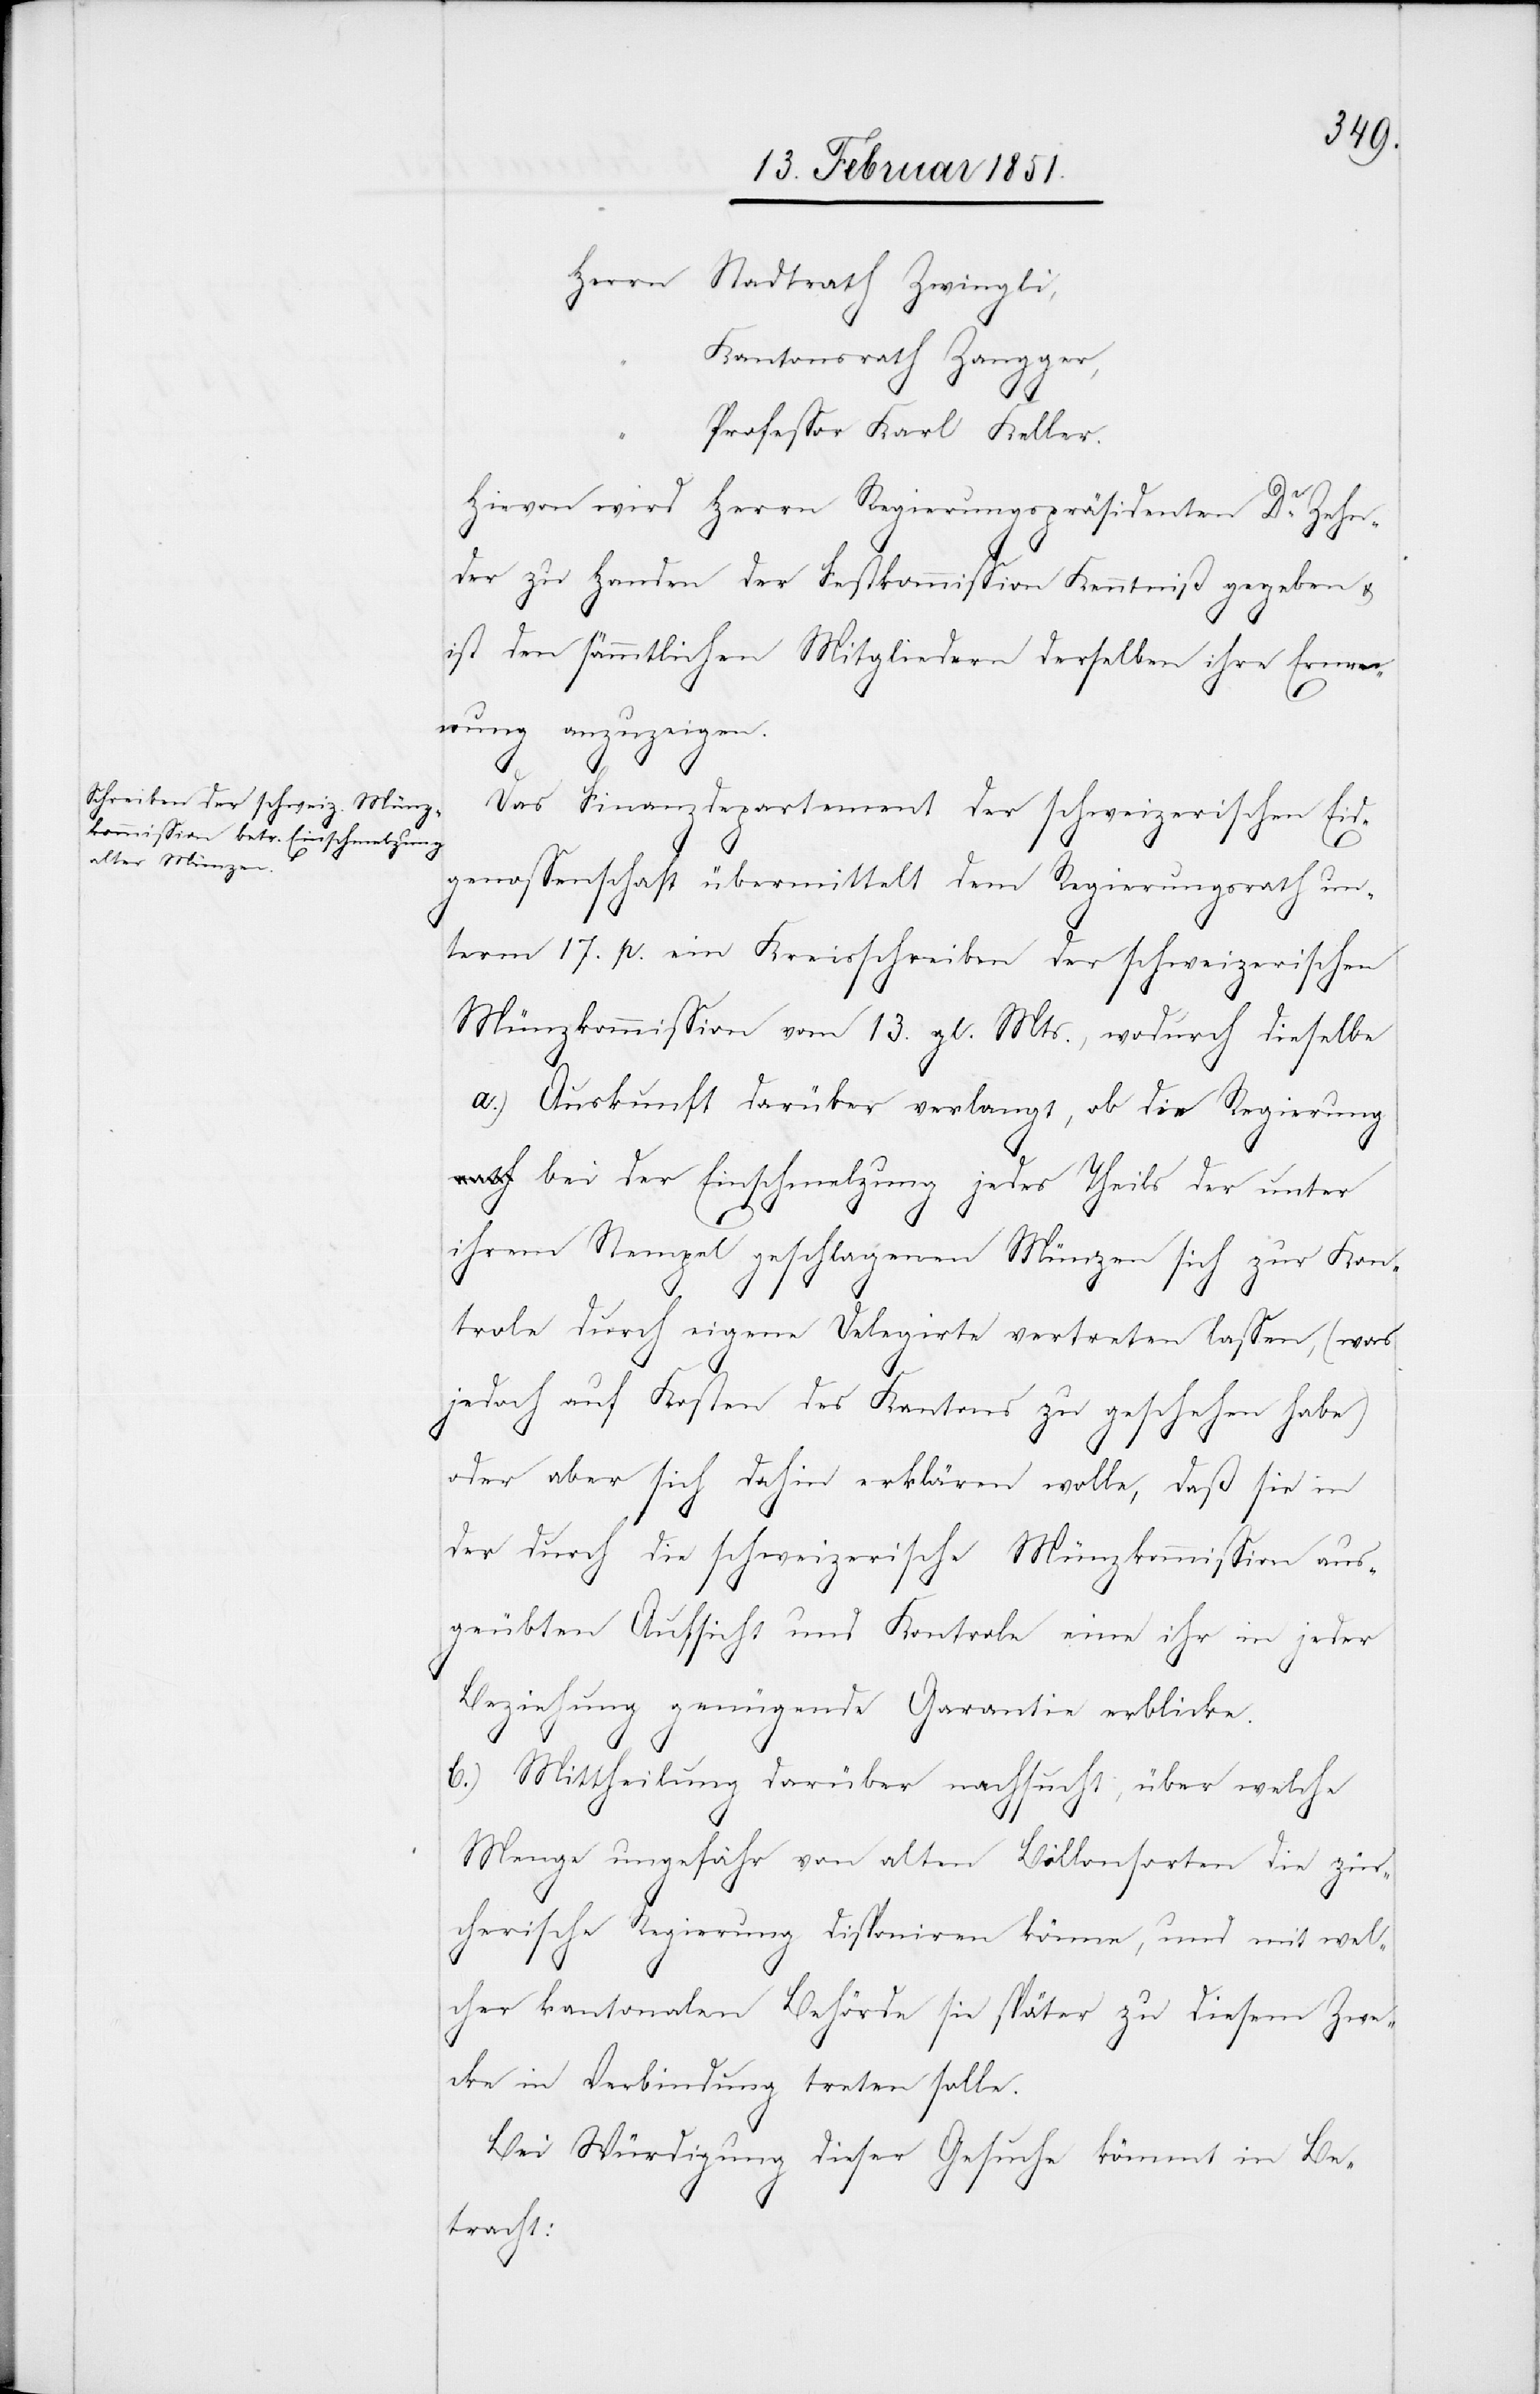
Stadtrath Zwingli,
Kantonsrath Zangger,
Professor Karl Keller.
Hievon wird Herrn Regierungspräsidenten Dr. Zehn¬
der zu Handen der Festkommission Kenntniß gegeben &
ist den sämmtlichen Mitgliedern derselben ihre Ernen¬
nung anzuzeigen.
Das Finanzdepartement der schweizerischen Eid¬
genossenschaft übermittelt dem Regierungsrath un¬
term 17. p. ein Kreisschreiben der schweizerischen
Münzkommission vom 13. gl. Mts., wodurch dieselbe
a.) Auskunft darüber verlangt, ob die Regierung
bei der Einschmelzung jedes Theils der unter
ihrem Stempel geschlagenen Münzen sich zur Kon¬
trole durch eigene Delegirte vertreten lassen, (was
jedoch auf Kosten des Kantons zu geschehen habe)
oder aber sich dahin erklären wolle, daß sie in
der durch die schweizerische Münzkommission aus¬
geübten Aufsicht und Kontrole eine ihr in jeder
Beziehung genügende Garantie erblicke.
b.) Mittheilung darüber nachsucht, über welche
Menge ungefähr von alten Billonsorten die zür¬
cherische Regierung disponiren könne, und mit wel¬
cher kantonalen Behörde sie später zu diesem Zwe¬
cke in Verbindung treten solle.
Bei Würdigung dieser Gesuche kömmt in Be¬
tracht: